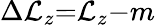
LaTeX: \Delta{\cal L}_{z}{=}{\cal L}_{z}{-}m